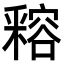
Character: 𨤛